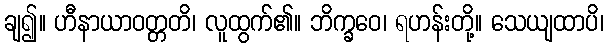
ချ၍။ ဟီနာယာဝတ္တတိ၊ လူထွက်၏။ ဘိက္ခဝေ၊ ရဟန်းတို့။ သေယျထာပိ၊